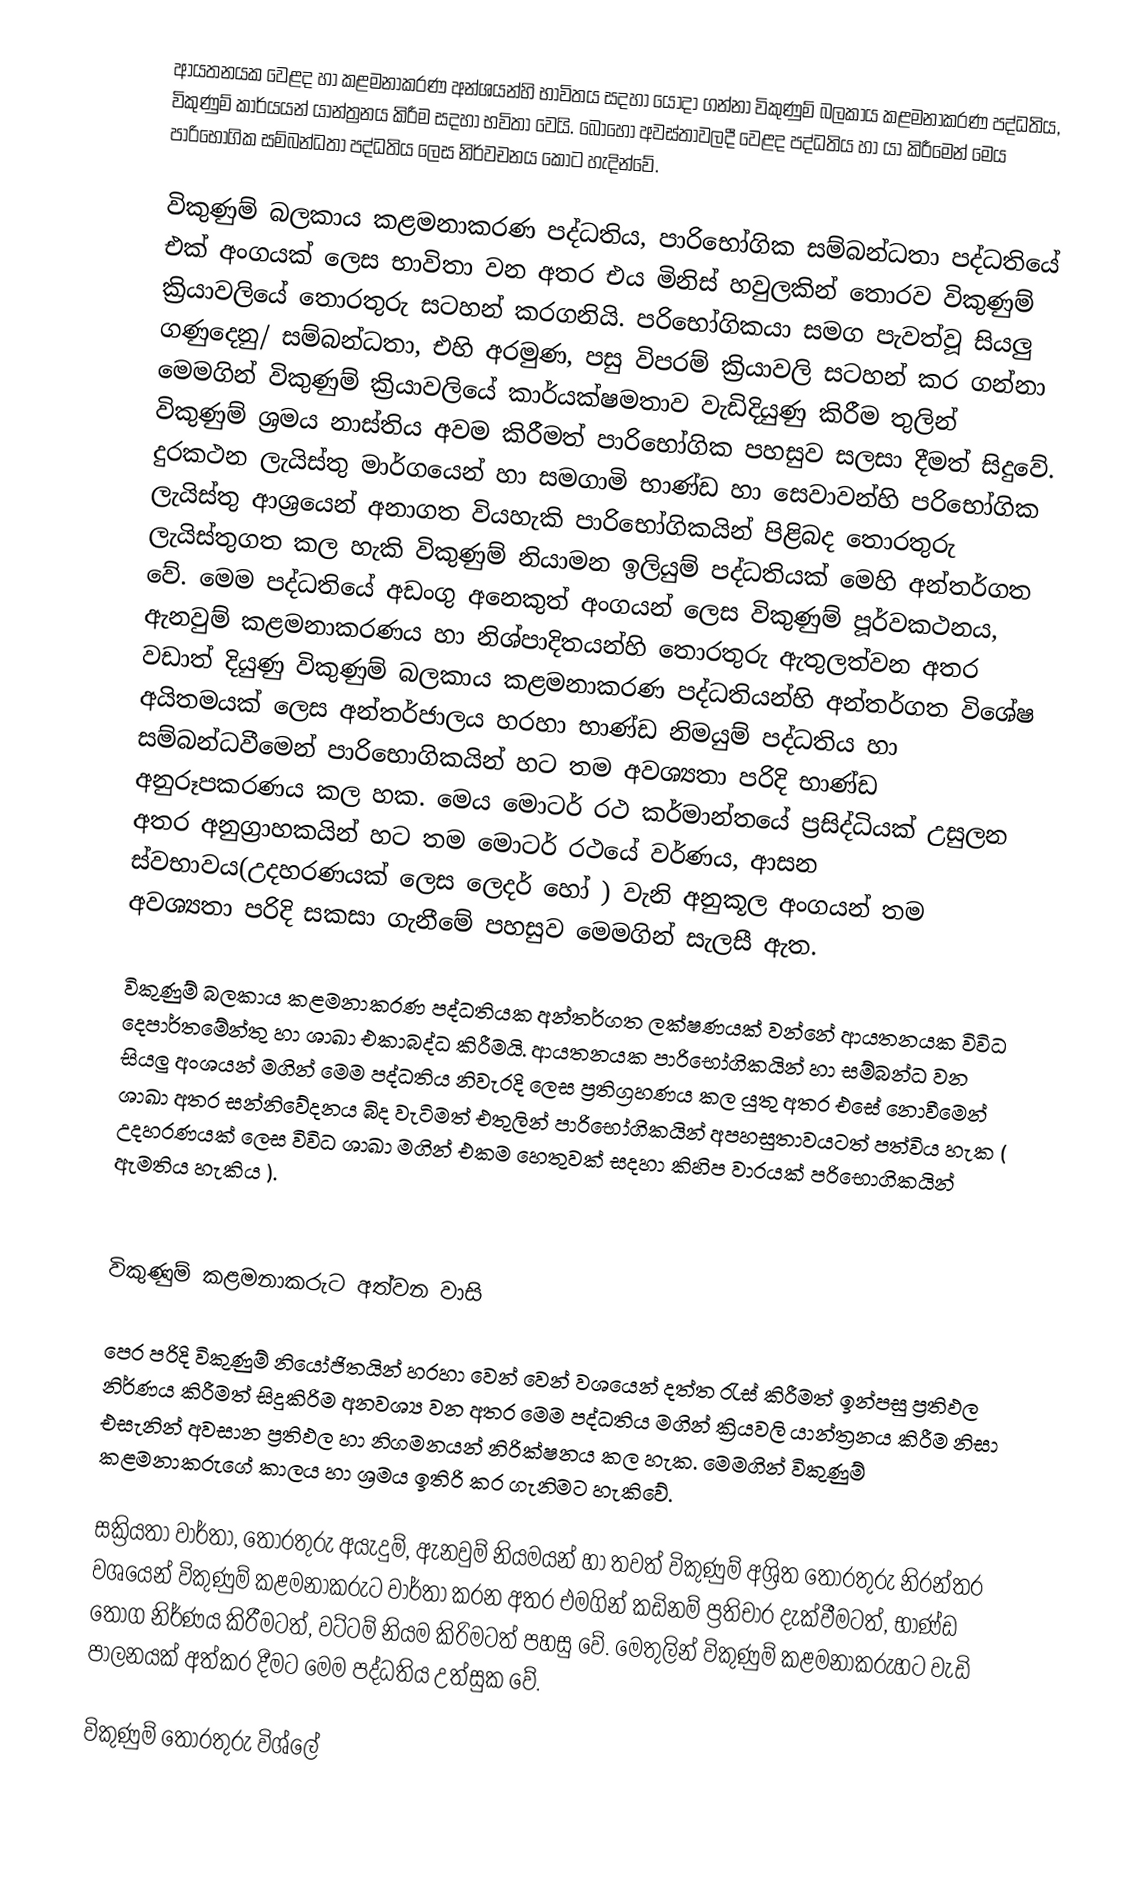
ආයතනයක වෙළද හා කළමනාකරණ අන්ශයන්හි භාවිතය සදහා යොදා ගන්නා විකුණුම් බලකාය කළමනාකරණ පද්ධතිය, විකුණුම් කාර්යයන් යාන්ත්‍රනය කිරීම සදහා භවිතා වෙයි. බොහෝ අවස්තාවලදී වෙළද පද්ධතිය හා යා කිරීමෙන් මෙය පාරිභෝගික සම්බන්ධතා පද්ධතිය ලෙස නිර්වචනය කොට හැදින්වේ.

විකුණුම් බලකාය කළමනාකරණ පද්ධතිය, පාරිභෝගික සම්බන්ධතා පද්ධතියේ එක් අංගයක් ලෙස භාවිතා වන අතර එය මිනිස් හවුලකින් තොරව විකුණුම් ක්‍රියාවලියේ තොරතුරු සටහන් කරගනියි. පරිභෝගිකයා සමග පැවත්වූ සියලු ගණුදෙනු/ සම්බන්ධතා, එහි අරමුණ, පසු විපරම් ක්‍රියාවලි සටහන් කර ගන්නා මෙමගින් විකුණුම් ක්‍රියාවලියේ කාර්යක්ෂමතාව වැඩිදියුණු කිරීම තුලින් විකුණුම් ශ්‍රමය නාස්තිය අවම කිරීමත් පාරිභෝගික පහසුව සලසා දීමත් සිදුවේ. දුරකථන ලැයිස්තු මාර්ගයෙන් හා සමගාමි භාණ්ඩ හා සෙවාවන්හි පරිභෝගික ලැයිස්තු ආශ්‍රයෙන් අනාගත වියහැකි පාරිභෝගිකයින් පිළිබද තොරතුරු ලැයිස්තුගත කල හැකි විකුණුම් නියාමන ඉලියුම් පද්ධතියක් මෙහි අන්තර්ගත වේ. මෙම පද්ධතියේ අඩංගු අනෙකුත් අංගයන් ලෙස විකුණුම් පූර්වකථනය, ඇනවුම් කළමනාකරණය හා නිශ්පාදිතයන්හි තොරතුරු ඇතුලත්වන අතර වඩාත් දියුණු විකුණුම් බලකාය කළමනාකරණ පද්ධතියන්හි අන්තර්ගත විශේෂ අයිතමයක් ලෙස අන්තර්ජාලය හරහා භාණ්ඩ නිමයුම් පද්ධතිය හා සම්බන්ධවීමෙන් පාරිභොගිකයින් හට තම අවශ්‍යතා පරිදි භාණ්ඩ අනුරූපකරණය කල හක. මෙය මොටර් රථ කර්මාන්තයේ ප්‍රසිද්ධියක් උසුලන අතර අනුග්‍රාහකයින් හට තම මොටර් රථයේ වර්ණය, ආසන ස්වභාවය(උදහරණයක් ලෙස ලෙදර් හෝ  ) වැනි අනුකූල අංගයන් තම අවශ්‍යතා පරිදි සකසා ගැනීමේ පහසුව මෙමගින් සැලසී ඇත.

විකුණුම් බලකාය කළමනාකරණ පද්ධතියක අන්තර්ගත ලක්ෂණයක් වන්නේ ආයතනයක විවිධ දෙපාර්තමේන්තු හා ශාඛා එකාබද්ධ කිරීමයි. ආයතනයක පාරිභෝගිකයින් හා සම්බන්ධ වන සියලු අංශයන් මගින් මෙම පද්ධතිය නිවැරදි ලෙස ප්‍රතිග්‍රහණය කල යුතු අතර එසේ නොවීමෙන් ශාඛා අතර සන්නිවේදනය බිද වැටිමත් එතුලින් පාරිභෝගිකයින් අපහසුතාවයටත් පත්විය හැක ( උදහරණයක් ලෙස විවිධ ශාඛා මගින් එකම  හෙතුවක් සදහා කිහිප වාරයක් පරිභොගිකයින් ඇමතිය හැකිය ).

විකුණුම් කළමනාකරුට අත්වන වාසි

 පෙර පරිදි විකුණුම් නියෝජිතයින් හරහා වෙන් වෙන් වශයෙන් දත්ත රැස් කිරීමත් ඉන්පසු ප්‍රතිඵල නිර්ණය කිරීමත් සිදුකිරිම අනවශ්‍ය වන අතර මෙම පද්ධතිය මගින් ක්‍රියවලි යාන්ත්‍රනය කිරීම නිසා එසැනින් අවසාන ප්‍රතිඵල හා නිගමනයන් නිරික්ෂනය කල හැක. මෙමගින් විකුණුම් කළමනාකරුගේ කාලය හා ශ්‍රමය ඉතිරි කර ගැනිමට හැකිවේ.

 සක්‍රියතා වාර්තා, තොරතුරු අයැදුම්, ඇනවුම් නියමයන් හා තවත් විකුණුම් අශ්‍රිත තොරතුරු නිරන්තර වශයෙන් විකුණුම් කළමනාකරුට වාර්තා කරන අතර එමගින් කඩිනම් ප්‍රතිචාර දැක්වීමටත්, භාණ්ඩ තොග නිර්ණය කිරීමටත්, වට්ටම් නියම කිරිමටත් පහසු වේ. මෙතුලින් විකුණුම් කළමනාකරුහට වැඩි පාලනයක් අත්කර දීමට මෙම පද්ධතිය උත්සුක වේ.

 විකුණුම් තොරතුරු විශ්ලේ